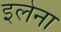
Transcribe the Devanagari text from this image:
इलेना